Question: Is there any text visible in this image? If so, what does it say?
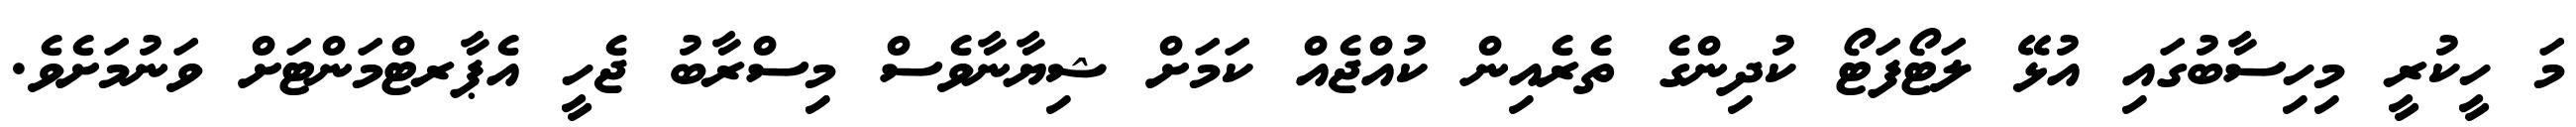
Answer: މަ ހީކުރީ މިހިސާބުގައި އުޅޭ ލަޓޯފަޓޯ ކުދިންގެ ތެރެއިން ކުއްޖެއް ކަމަށް ޝިޔާނާވެސް މިސްރާބު ޖެހީ އެޕާރޓްމަންޓަށް ވަނުމަށެވެ.